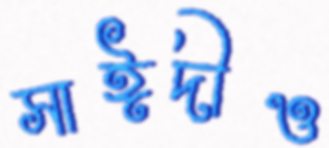
সাঈদীও